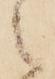
之